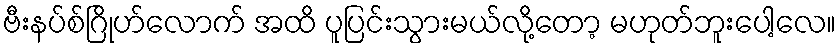
ဗီးနပ်စ်ဂြိုဟ်လောက် အထိ ပူပြင်းသွားမယ်လို့တော့ မဟုတ်ဘူးပေါ့လေ။